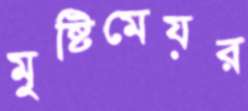
মুষ্টিমেয়র